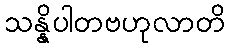
သန္နိပါတဗဟုလာတိ